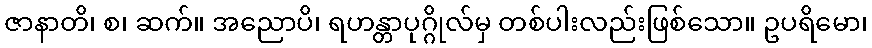
ဇာနာတိ၊ စ၊ ဆက်။ အညောပိ၊ ရဟန္တာပုဂ္ဂိုလ်မှ တစ်ပါးလည်းဖြစ်သော။ ဥပရိမော၊